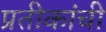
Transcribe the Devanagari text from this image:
प्रतीकांची